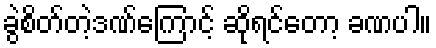
ခွဲစိတ်တဲ့ဒဏ်ကြောင့် ဆိုရင်တော့ ခဏပါ။